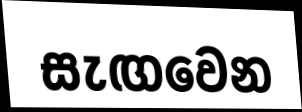
සැඟවෙන